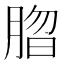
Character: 䐇